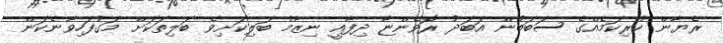
ރެޔާން ކުރިކަމެއްގެ ސަބަބުން އަބަދު ރޮވެންޏާ ދިފާއީ ނިޒާމު ބަލިކަށިވެ ބަލިތަކަށް މަގުފަހިވާނެކަން